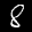
Label: 8